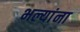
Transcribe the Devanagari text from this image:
भल्यांना